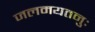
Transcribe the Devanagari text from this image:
जलमयतनुः